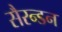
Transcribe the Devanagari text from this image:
सैरन्डन